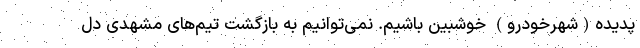
پدیده(شهرخودرو) خوشبین باشیم. نمی‌توانیم به بازگشت تیم‌های مشهدی دل